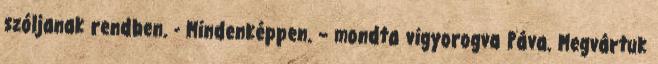
szóljanak rendben. - Mindenképpen. – mondta vigyorogva Páva. Megvártuk